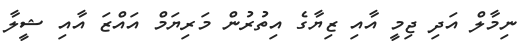
ނިމާލް އަދި ޖިމީ އާއި ޒިޔާގެ އިތުރުން މަރިޔަމް އައްޒަ އާއި ޝީލާ